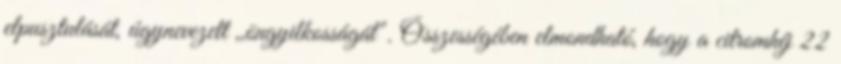
elpusztulását, úgynevezett ,,öngyilkosságát". Összességében elmondható, hogy a citromhéj 22